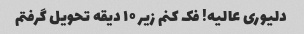
دلیوری عالیه! فک کنم زیر ۱۰ دیقه تحویل گرفتم